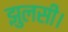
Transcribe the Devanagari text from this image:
झुलसी।